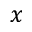
x